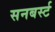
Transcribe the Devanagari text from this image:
सनबर्स्ट